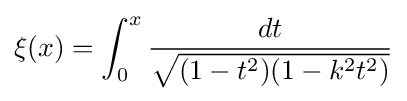
\xi (x)=\int _{0}^{x}{\frac {dt}{\sqrt {(1-t^{2})(1-k^{2}t^{2})}}}